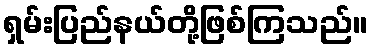
ရှမ်းပြည်နယ်တို့ဖြစ်ကြသည်။